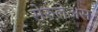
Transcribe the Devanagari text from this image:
सेरुलेअस